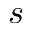
s